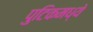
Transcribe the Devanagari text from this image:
पुटिकमध्ये